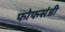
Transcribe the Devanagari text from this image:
फोफसंडी